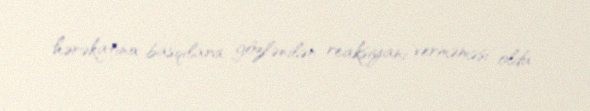
hərəkatına basqılara gözlənilən reaksiyanı verməməsi oldu.